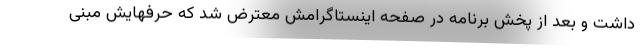
داشت و بعد از پخش برنامه در صفحه اینستاگرامش معترض شد که حرفهایش مبنی